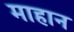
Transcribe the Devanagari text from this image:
माहान